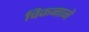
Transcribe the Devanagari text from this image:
चिकनाने